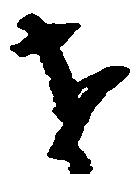
を